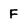
Character: F